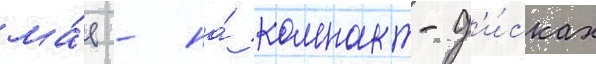
ма́е - на́ компакт-д'и́сках